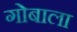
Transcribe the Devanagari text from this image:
गोबाला